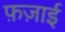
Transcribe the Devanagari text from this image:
फ़ज़ाई